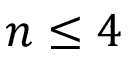
n \leq 4